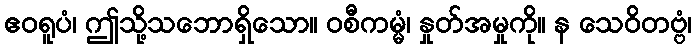
ဧဝရူပံ၊ ဤသို့သဘောရှိသော။ ဝစီကမ္မံ၊ နှုတ်အမှုကို။ န သေဝိတဗ္ဗံ၊